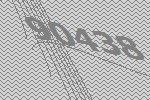
90438